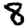
Digit: 8